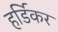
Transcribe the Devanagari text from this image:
हर्डिकर